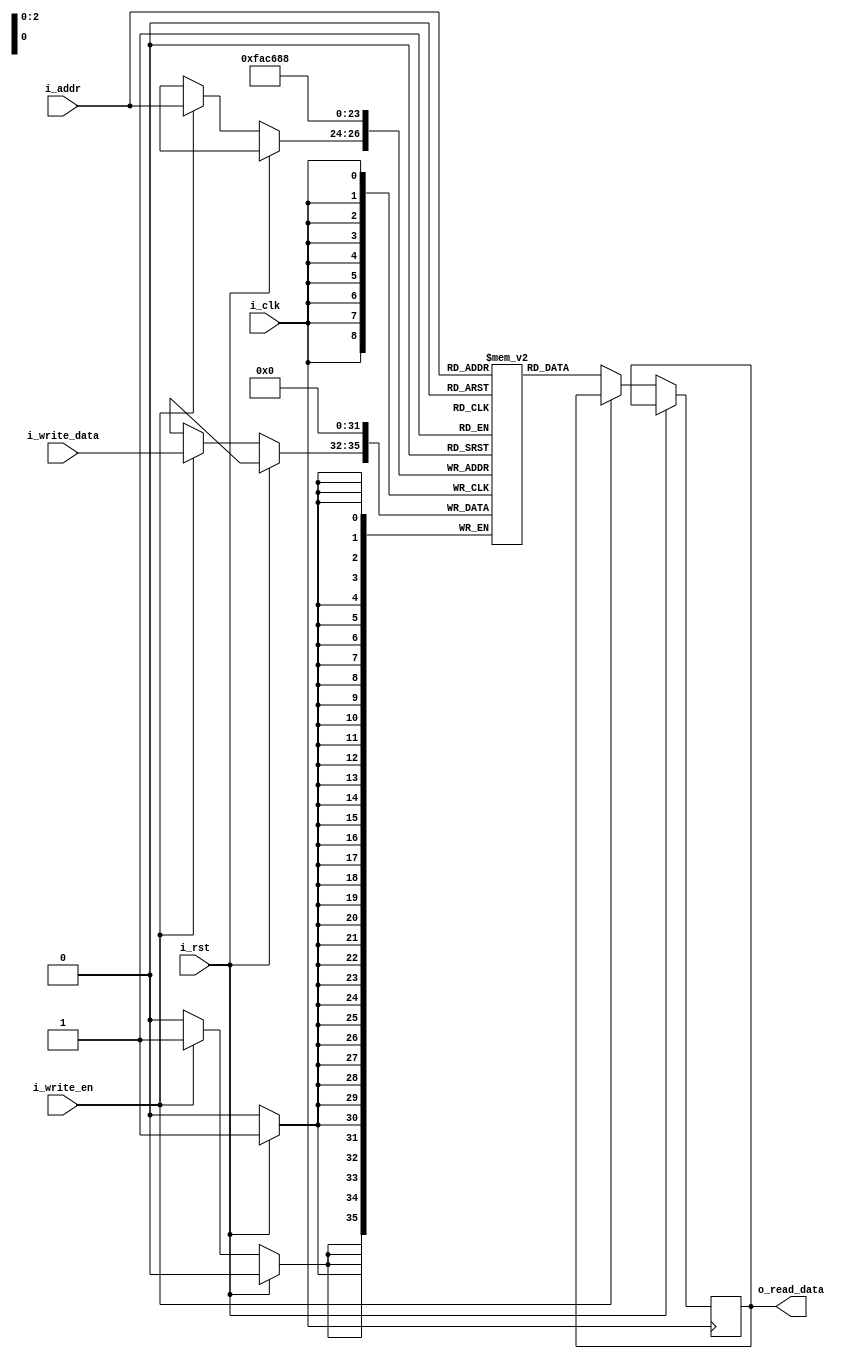
`timescale 1ns / 1ps

module ram(i_clk, i_rst, i_write_en, i_addr, i_write_data, o_read_data);
    input i_clk, i_rst, i_write_en;
    input [2:0] i_addr;
    input [3:0] i_write_data;
    output reg [3:0] o_read_data;
    
    reg [3:0] mem [0:7];
    
    always @ (posedge i_clk) begin
        if(i_rst) begin
            mem[0]<= 4'b0;
            mem[1]<= 4'b0;
            mem[2]<= 4'b0;
            mem[3]<= 4'b0;
            mem[4]<= 4'b0;
            mem[5]<= 4'b0;
            mem[6]<= 4'b0;
            mem[7]<= 4'b0;
        end 
        else begin
            if(i_write_en)
                mem[i_addr] <= i_write_data;
            else
                o_read_data <= mem[i_addr];
            end
        end
            
endmodule